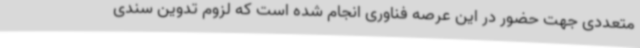
متعددی جهت حضور در این عرصه فناوری انجام شده است که لزوم تدوین سندی